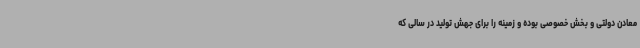
معادن دولتی و بخش خصوصی بوده و زمینه را برای جهش تولید در سالی که